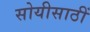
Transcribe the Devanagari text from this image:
सोयीसाठीं